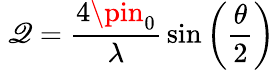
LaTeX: \ \mathscr{Q}={\frac{{4\pin_{0}}}{{\lambda}}}\sin\left({\frac{{\theta}}{{2}}}\right)